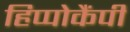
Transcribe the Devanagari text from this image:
हिप्पोकैंपी